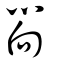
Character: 嚮